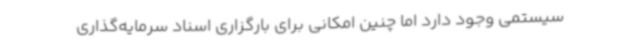
سیستمی وجود دارد اما چنین امکانی برای بارگزاری اسناد سرمایه‌گذاری